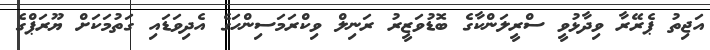
އަޖިތު ޕެރޭރާ ވިދާޅުވީ ސްރީލަންކާގެ ބޮޑުވަޒީރު ރަނިލް ވިކްރަމަސިންހަގެ އެދިވަޑައި ގަތުމަކަށް ޔޫރަޕްގެ